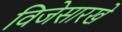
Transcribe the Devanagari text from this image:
विजेसारखे